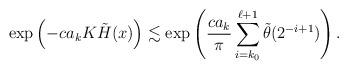
LaTeX: \begin{align*}\exp\left(-ca_k K\tilde{H}(x) \right) \lesssim \exp \left(\frac{ca_k}{\pi} \sum_{i=k_0}^{\ell+1} \tilde\theta(2^{-i+1}) \right). \end{align*}